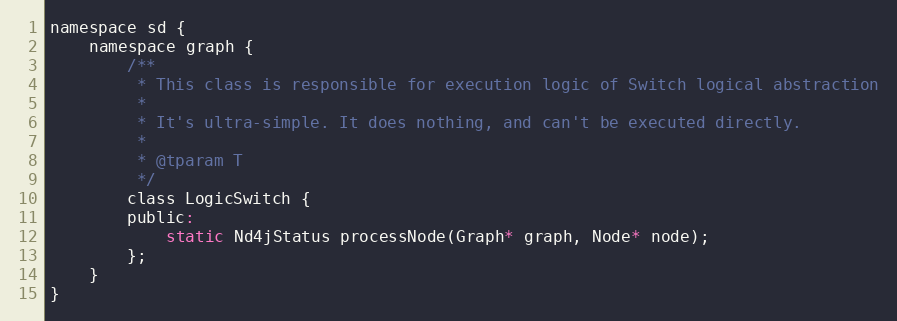
Language: C
namespace sd {
    namespace graph {
        /**
         * This class is responsible for execution logic of Switch logical abstraction
         *
         * It's ultra-simple. It does nothing, and can't be executed directly.
         *
         * @tparam T
         */
        class LogicSwitch {
        public:
            static Nd4jStatus processNode(Graph* graph, Node* node);
        };
    }
}